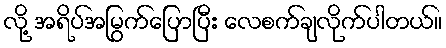
လို့ အရိပ်အမြွက်ပြောပြီး လေစက်ချလိုက်ပါတယ်။